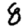
Digit: 8